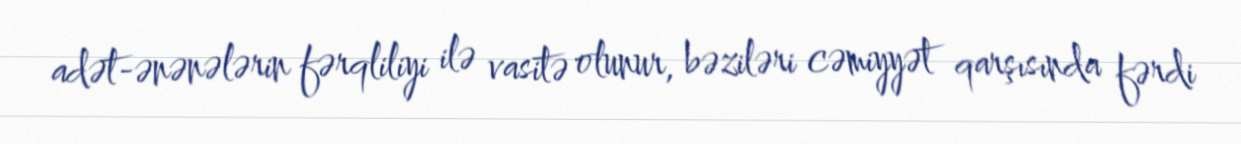
adət-ənənələrin fərqliliyi ilə vasitə olunur, bəziləri cəmiyyət qarşısında fərdi